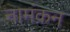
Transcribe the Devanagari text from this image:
नामंकन